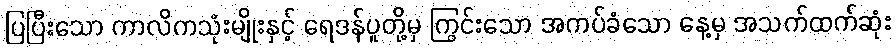
ပြပြီးသော ကာလိကသုံးမျိုးနှင့် ရေဒန်ပူတို့မှ ကြွင်းသော အကပ်ခံသော နေ့မှ အသက်ထက်ဆုံး